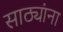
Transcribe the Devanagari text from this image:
साठ्यांना